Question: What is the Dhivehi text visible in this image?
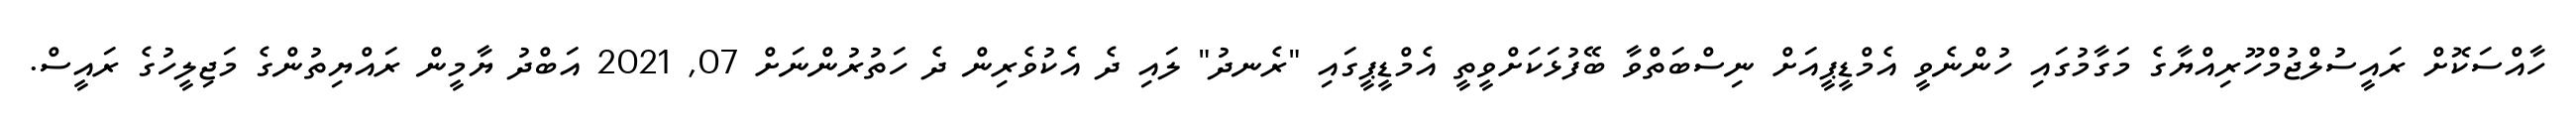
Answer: ހާއްސަކޮށް ރައީސުލްޖުމްހޫރިއްޔާގެ މަގާމުގައި ހުންނެވީ އެމްޑީޕީއަށް ނިސްބަތްވާ ބޭފުޅަކަށްވީތީ އެމްޑީޕީގައި "ރެނދު" ލައި ދެ އެކުވެރިން ދެ ހަތުރުންނަށް 07, 2021 އަބްދު ޔާމީން ރައްޔިތުންގެ މަޖިލީހުގެ ރައީސް.